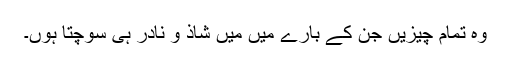
وہ تمام چیزیں جن کے بارے میں میں شاذ و نادر ہی سوچتا ہوں۔